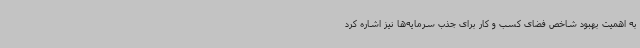
به اهمیت بهبود شاخص فضای کسب و کار برای جذب سرمایه‌ها نیز اشاره کرد